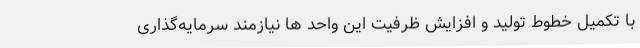
با تکمیل خطوط تولید و افزایش ظرفیت این واحد ها نیازمند سرمایه‌گذاری